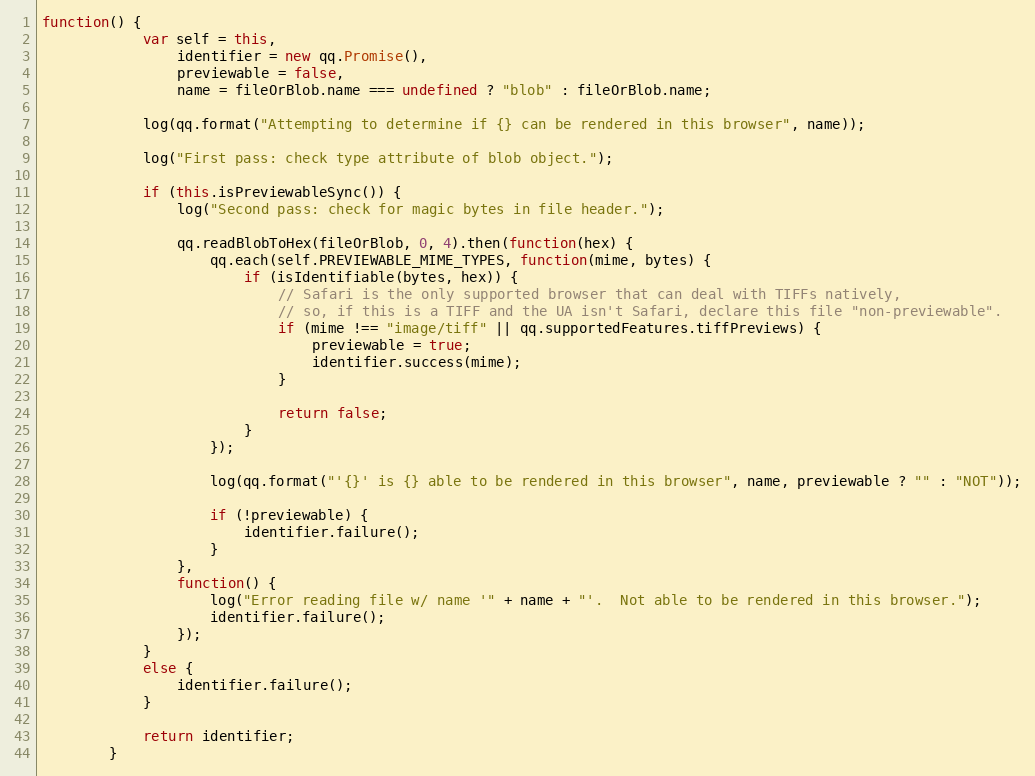
Language: JavaScript
function() {
            var self = this,
                identifier = new qq.Promise(),
                previewable = false,
                name = fileOrBlob.name === undefined ? "blob" : fileOrBlob.name;

            log(qq.format("Attempting to determine if {} can be rendered in this browser", name));

            log("First pass: check type attribute of blob object.");

            if (this.isPreviewableSync()) {
                log("Second pass: check for magic bytes in file header.");

                qq.readBlobToHex(fileOrBlob, 0, 4).then(function(hex) {
                    qq.each(self.PREVIEWABLE_MIME_TYPES, function(mime, bytes) {
                        if (isIdentifiable(bytes, hex)) {
                            // Safari is the only supported browser that can deal with TIFFs natively,
                            // so, if this is a TIFF and the UA isn't Safari, declare this file "non-previewable".
                            if (mime !== "image/tiff" || qq.supportedFeatures.tiffPreviews) {
                                previewable = true;
                                identifier.success(mime);
                            }

                            return false;
                        }
                    });

                    log(qq.format("'{}' is {} able to be rendered in this browser", name, previewable ? "" : "NOT"));

                    if (!previewable) {
                        identifier.failure();
                    }
                },
                function() {
                    log("Error reading file w/ name '" + name + "'.  Not able to be rendered in this browser.");
                    identifier.failure();
                });
            }
            else {
                identifier.failure();
            }

            return identifier;
        }